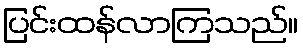
ပြင်းထန်လာကြသည်။